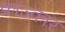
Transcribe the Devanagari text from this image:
क्रांज्कार